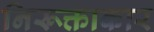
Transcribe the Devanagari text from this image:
निरूक्ताकार